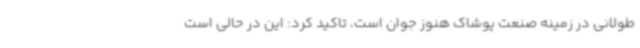
طولانی در زمینه صنعت پوشاک هنوز جوان است، تاکید کرد: این در حالی است